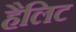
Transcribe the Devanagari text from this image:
हैलिट